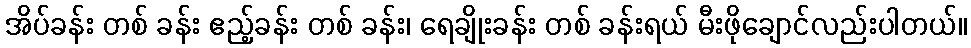
အိပ်ခန်း တစ် ခန်း ဧည့်ခန်း တစ် ခန်း၊ ရေချိုးခန်း တစ် ခန်းရယ် မီးဖိုချောင်လည်းပါတယ်။